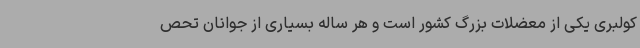
کولبری یکی از معضلات بزرگ کشور است و هر ساله بسیاری از جوانان تحص